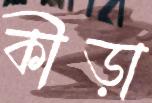
কীড়া